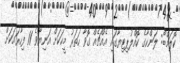
ކޮލަމްބޯ: ލަންކާގެ ކޮއްލުޕިޓިޔާގައި އެއްޗެއް ގޮވާ ހަތަރު މީހަކަށް އަނިޔާވެ 11 ފިހާރައަކަށް